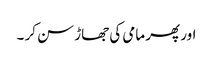
اور پھر مامی کی جھاڑ سن کر ۔